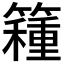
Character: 𥵾